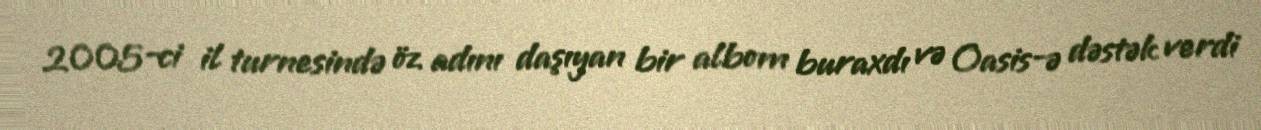
2005-ci il turnesində öz adını daşıyan bir albom buraxdı və Oasis-ə dəstək verdi